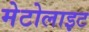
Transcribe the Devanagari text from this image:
मेटोलाइट